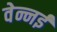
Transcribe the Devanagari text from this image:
वेन्नई